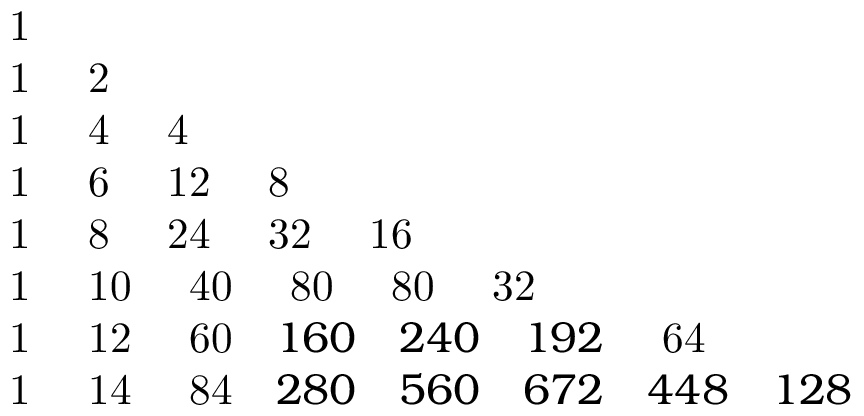
{ \begin{array} { l } { { \mathrm { ~ 1 } } } \\ { { \mathrm { ~ 1 } } \quad { \mathrm { ~ 2 } } } \\ { { \mathrm { ~ 1 } } \quad { \mathrm { ~ 4 } } \quad { \mathrm { ~ 4 } } } \\ { { \mathrm { ~ 1 } } \quad { \mathrm { ~ 6 } } \quad { \mathrm { ~ 1 2 } } \quad { \mathrm { ~ 8 } } } \\ { { \mathrm { ~ 1 } } \quad { \mathrm { ~ 8 } } \quad { \mathrm { ~ 2 4 } } \quad { \mathrm { ~ 3 2 } } \quad { \mathrm { ~ 1 6 } } } \\ { { \mathrm { ~ 1 } } \quad { \mathrm { ~ 1 0 } } \quad { \mathrm { ~ 4 0 } } \quad { \mathrm { ~ 8 0 } } \quad { \mathrm { ~ 8 0 } } \quad { \mathrm { ~ 3 2 } } } \\ { { \mathrm { ~ 1 } } \quad { \mathrm { ~ 1 2 } } \quad { \mathrm { ~ 6 0 } } \quad 1 6 0 \quad 2 4 0 \quad 1 9 2 \quad { \mathrm { ~ 6 4 } } } \\ { { \mathrm { ~ 1 } } \quad { \mathrm { ~ 1 4 } } \quad { \mathrm { ~ 8 4 } } \quad 2 8 0 \quad 5 6 0 \quad 6 7 2 \quad 4 4 8 \quad 1 2 8 } \end{array} }